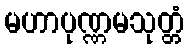
မဟာပုဏ္ဏမသုတ္တံ